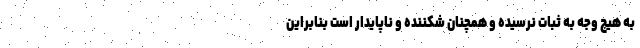
به هیچ وجه به ثبات نرسیده و همچنان شکننده و ناپایدار است بنابراین